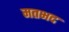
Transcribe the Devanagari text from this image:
मतभद